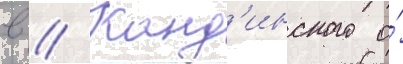
в // Канд'инского о́